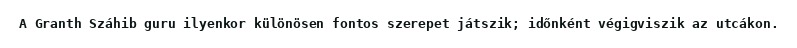
A Granth Száhib guru ilyenkor különösen fontos szerepet játszik; időnként végigviszik az utcákon.